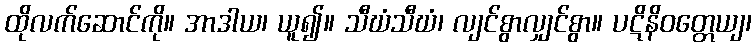
ထိုလက်ဆောင်ကို။ အာဒါယ၊ ယူ၍။ သီဃံသီဃံ၊ လျင်စွာလျှင်စွာ။ ပဋိနိဝတ္တေယျ၊